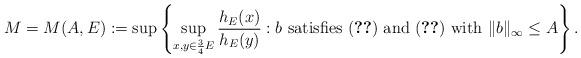
LaTeX: \begin{align*}M=M(A,E):=\sup \left\{\sup_{x,y\in\frac{3}{4}E}\frac{h_{E}(x)}{h_{E}(y)}: b\mbox{ satisfies \eqref{condi1} and \eqref{condi2} with }\|b\|_{\infty}\le A \right\}.\end{align*}